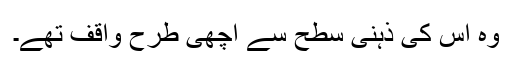
وہ اُس کی ذہنی سطح سے اچھی طرح واقف تھے۔